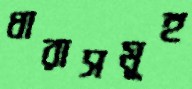
ধারাসমূহ